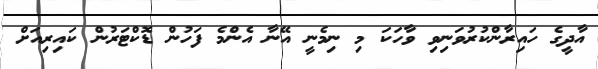
އާދީގެ ހައިރާންކުރުވަނިވި ވާހަކަ މި ނިމެނީ އޭނާ އެންމެ ފަހުން ޑޮކްޓަރުން ކައިރިއަށް